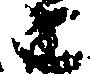
こ